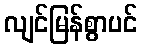
လျင်မြန်စွာပင်